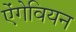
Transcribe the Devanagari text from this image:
ऐंगेवियन